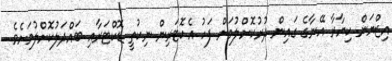
އިޒްޔަން ކިޔާރާ އޭނާގެ ގައިން ދުރުކޮށްލުމަށް ފަހު އެކޮޓަރިން ނިކުތީ ޑޮކްޓަރާއި ބައްދަލުކޮށްލުމަށެވެ.